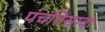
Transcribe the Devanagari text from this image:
पंचविसावा